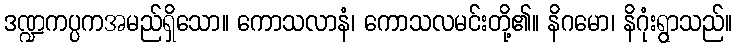
ဒဏ္ဍကပ္ပကအမည်ရှိသော။ ကောသလာနံ၊ ကောသလမင်းတို့၏။ နိဂမော၊ နိဂုံးရွာသည်။